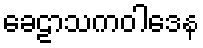
ခေဠာသကဝါဒေန